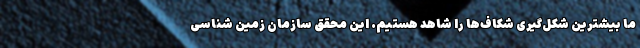
ما بیشترین شکل‌گیری شکاف‌ها را شاهد هستیم. این محقق سازمان زمین شناسی